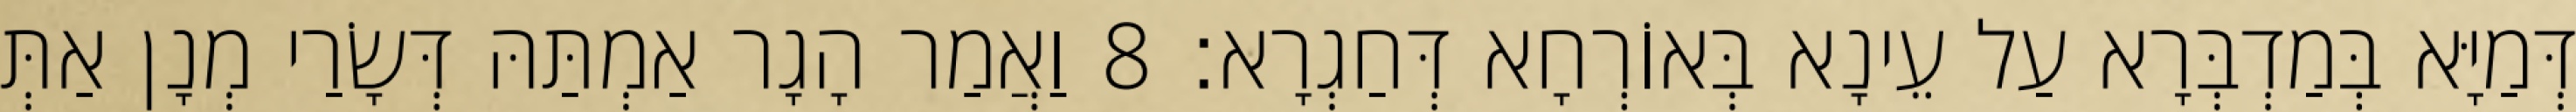
דְּמַיָּא בְּמַדְבְּרָא עַל עֵינָא בְּאוֹרְחָא דְּחַגְרָא׃ 8 וַאֲמַר הָגָר אַמְתַּהּ דְּשָׂרַי מְנָן אַתְּ